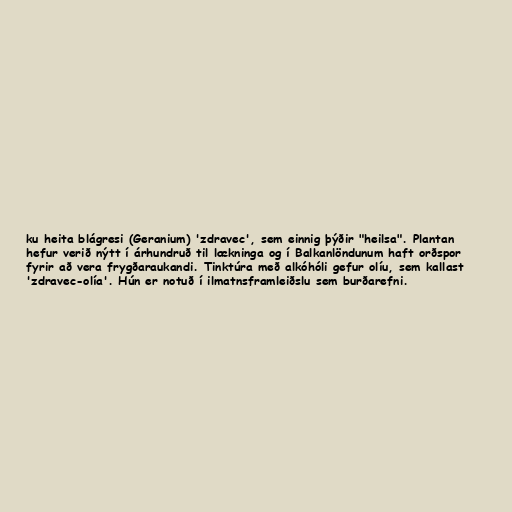
ku heita blágresi (Geranium) 'zdravec', sem einnig þýðir "heilsa". Plantan
hefur verið nýtt í árhundruð til lækninga og í Balkanlöndunum haft orðspor
fyrir að vera frygðaraukandi. Tinktúra með alkóhóli gefur olíu, sem kallast
'zdravec-olía'. Hún er notuð í ilmatnsframleiðslu sem burðarefni.